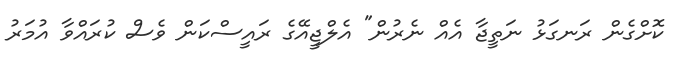
ކޮށްގެން ރަނގަޅު ނަތީޖާ އެއް ނެރުން" އެލްޖީއޭގެ ރައީސްކަން ވެސް ކުރައްވާ އުމަރު